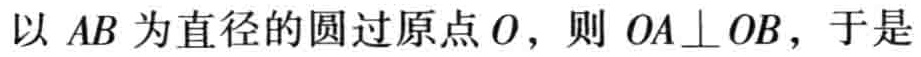
以 \(AB\) 为直径的圆过原点 \(O\)，则 \(OA\perp OB\)，于是